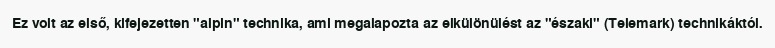
Ez volt az első, kifejezetten "alpin" technika, ami megalapozta az elkülönülést az "északi" (Telemark) technikáktól.